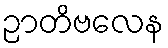
ဉာတိဗလေန